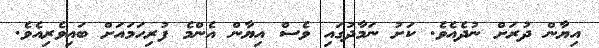
އިޔާން ދުރަށް ނުދެއެވެ. ކަށު ނަމާދުގައި ވެސް އިޔާން އެންމެ ފުރިހަމައަށް ބައިވެރިއެވެ.